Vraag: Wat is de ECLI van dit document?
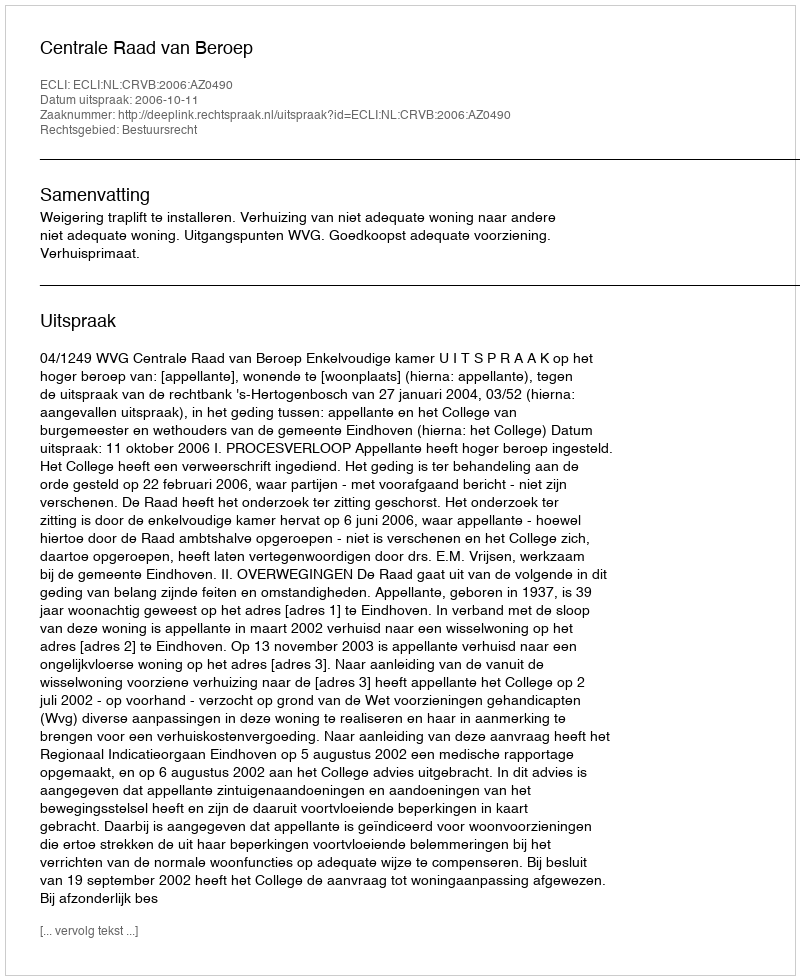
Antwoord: ECLI:NL:CRVB:2006:AZ0490